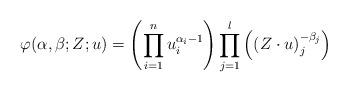
LaTeX: \begin{align*}\varphi(\alpha,\beta;Z;u) = \left( \displaystyle\prod_{i=1}^n u_i^{\alpha_i - 1} \right) \displaystyle\prod_{j=1}^l \left( (Z\cdot u)_j ^{-\beta_j} \right)\end{align*}